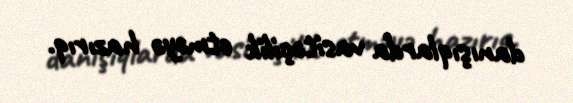
danışıqlarda vasitəçilik etməyə hazırıq.